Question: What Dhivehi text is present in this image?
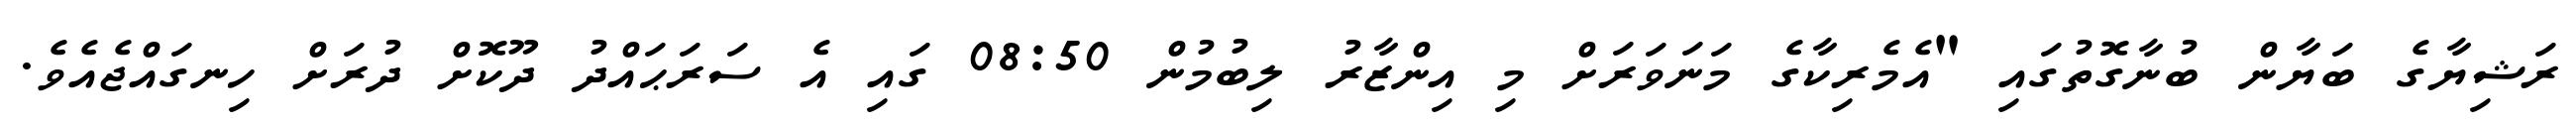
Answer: ރަޝިޔާގެ ބަޔާން ބުނާގޮތުގައި "އެމެރިކާގެ މަނަވަރަށް މި އިންޒާރު ލިބުމުން 08:50 ގައި އެ ސަރަޙައްދު ދޫކޮށް ދުރަށް ހިނގައްޖެއެވެ.